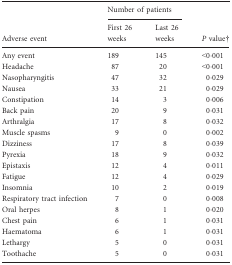
<table><thead><tr><td></td><td colspan="2"><b>Number of patients</b></td><td></td></tr><tr><td><b>Adverse event</b></td><td><b>First 26 weeks</b></td><td><b>Last 26 weeks</b></td><td><b><i>P</i> value†</b></td></tr></thead><tbody><tr><td>Any event</td><td>189</td><td>145</td><td>&lt;0·001</td></tr><tr><td>Headache</td><td>87</td><td>20</td><td>&lt;0·001</td></tr><tr><td>Nasopharyngitis</td><td>47</td><td>32</td><td>0·029</td></tr><tr><td>Nausea</td><td>33</td><td>21</td><td>0·029</td></tr><tr><td>Constipation</td><td>14</td><td>3</td><td>0·006</td></tr><tr><td>Back pain</td><td>20</td><td>9</td><td>0·031</td></tr><tr><td>Arthralgia</td><td>17</td><td>8</td><td>0·032</td></tr><tr><td>Muscle spasms</td><td>9</td><td>0</td><td>0·002</td></tr><tr><td>Dizziness</td><td>17</td><td>8</td><td>0·039</td></tr><tr><td>Pyrexia</td><td>18</td><td>9</td><td>0·032</td></tr><tr><td>Epistaxis</td><td>12</td><td>4</td><td>0·011</td></tr><tr><td>Fatigue</td><td>12</td><td>4</td><td>0·029</td></tr><tr><td>Insomnia</td><td>10</td><td>2</td><td>0·019</td></tr><tr><td>Respiratory tract infection</td><td>7</td><td>0</td><td>0·008</td></tr><tr><td>Oral herpes</td><td>8</td><td>1</td><td>0·020</td></tr><tr><td>Chest pain</td><td>6</td><td>1</td><td>0·031</td></tr><tr><td>Haematoma</td><td>6</td><td>1</td><td>0·031</td></tr><tr><td>Lethargy</td><td>5</td><td>0</td><td>0·031</td></tr><tr><td>Toothache</td><td>5</td><td>0</td><td>0·031</td></tr></tbody></table>